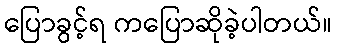
ပြောခွင့်ရ ကပြောဆိုခဲ့ပါတယ်။